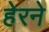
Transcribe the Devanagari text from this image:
हेरने